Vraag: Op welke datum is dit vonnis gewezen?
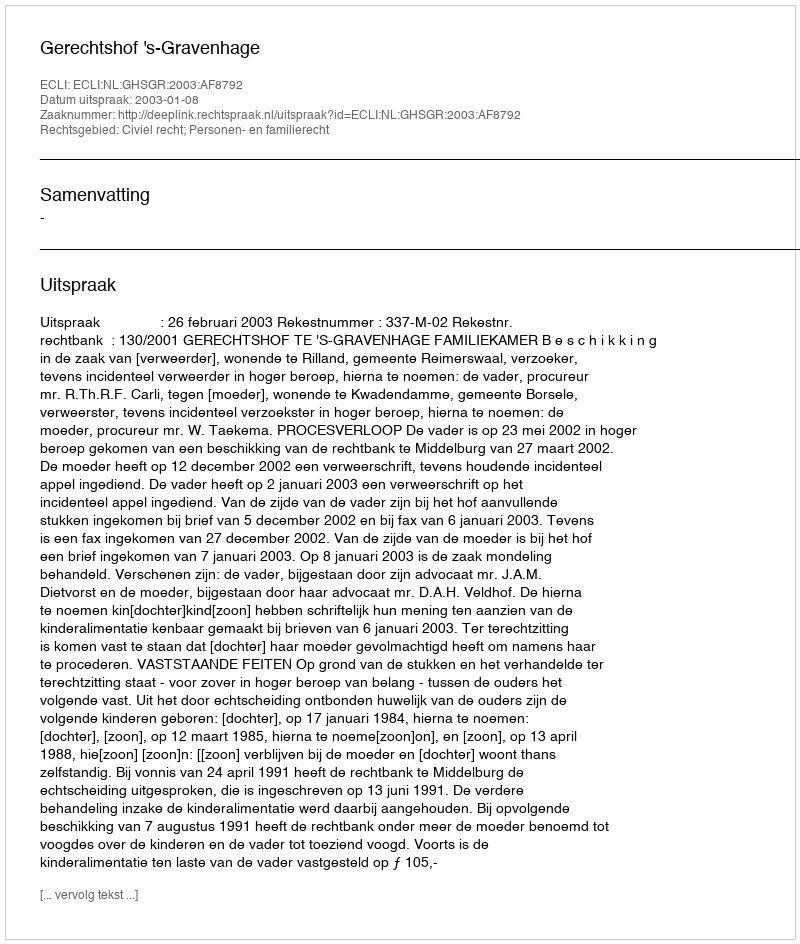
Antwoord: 2003-01-08